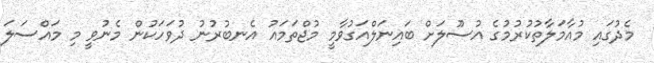
މެދުގައި މުއާމަލާތުކުރުމުގެ އުސޫލަށް ބައިނަލްއަގުވާމީ މުޖްތަމައު އެނބުރުނު ދުވަހަކުން މެނުވީ މި މައްސަލަ